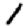
Digit: 1